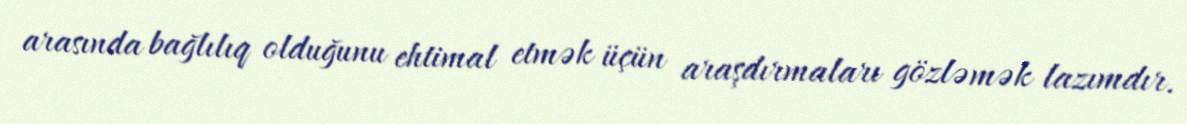
arasında bağlılıq olduğunu ehtimal etmək üçün araşdırmaları gözləmək lazımdır.